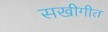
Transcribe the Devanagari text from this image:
सखीगीत